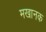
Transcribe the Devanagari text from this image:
मखानक